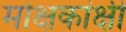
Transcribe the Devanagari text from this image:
मोक्षकांक्षी